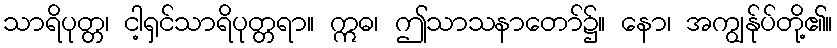
သာရိပုတ္တ၊ ငါ့ရှင်သာရိပုတ္တရာ။ ဣဓ၊ ဤသာသနာတော်၌။ နော၊ အကျွန်ုပ်တို့၏။